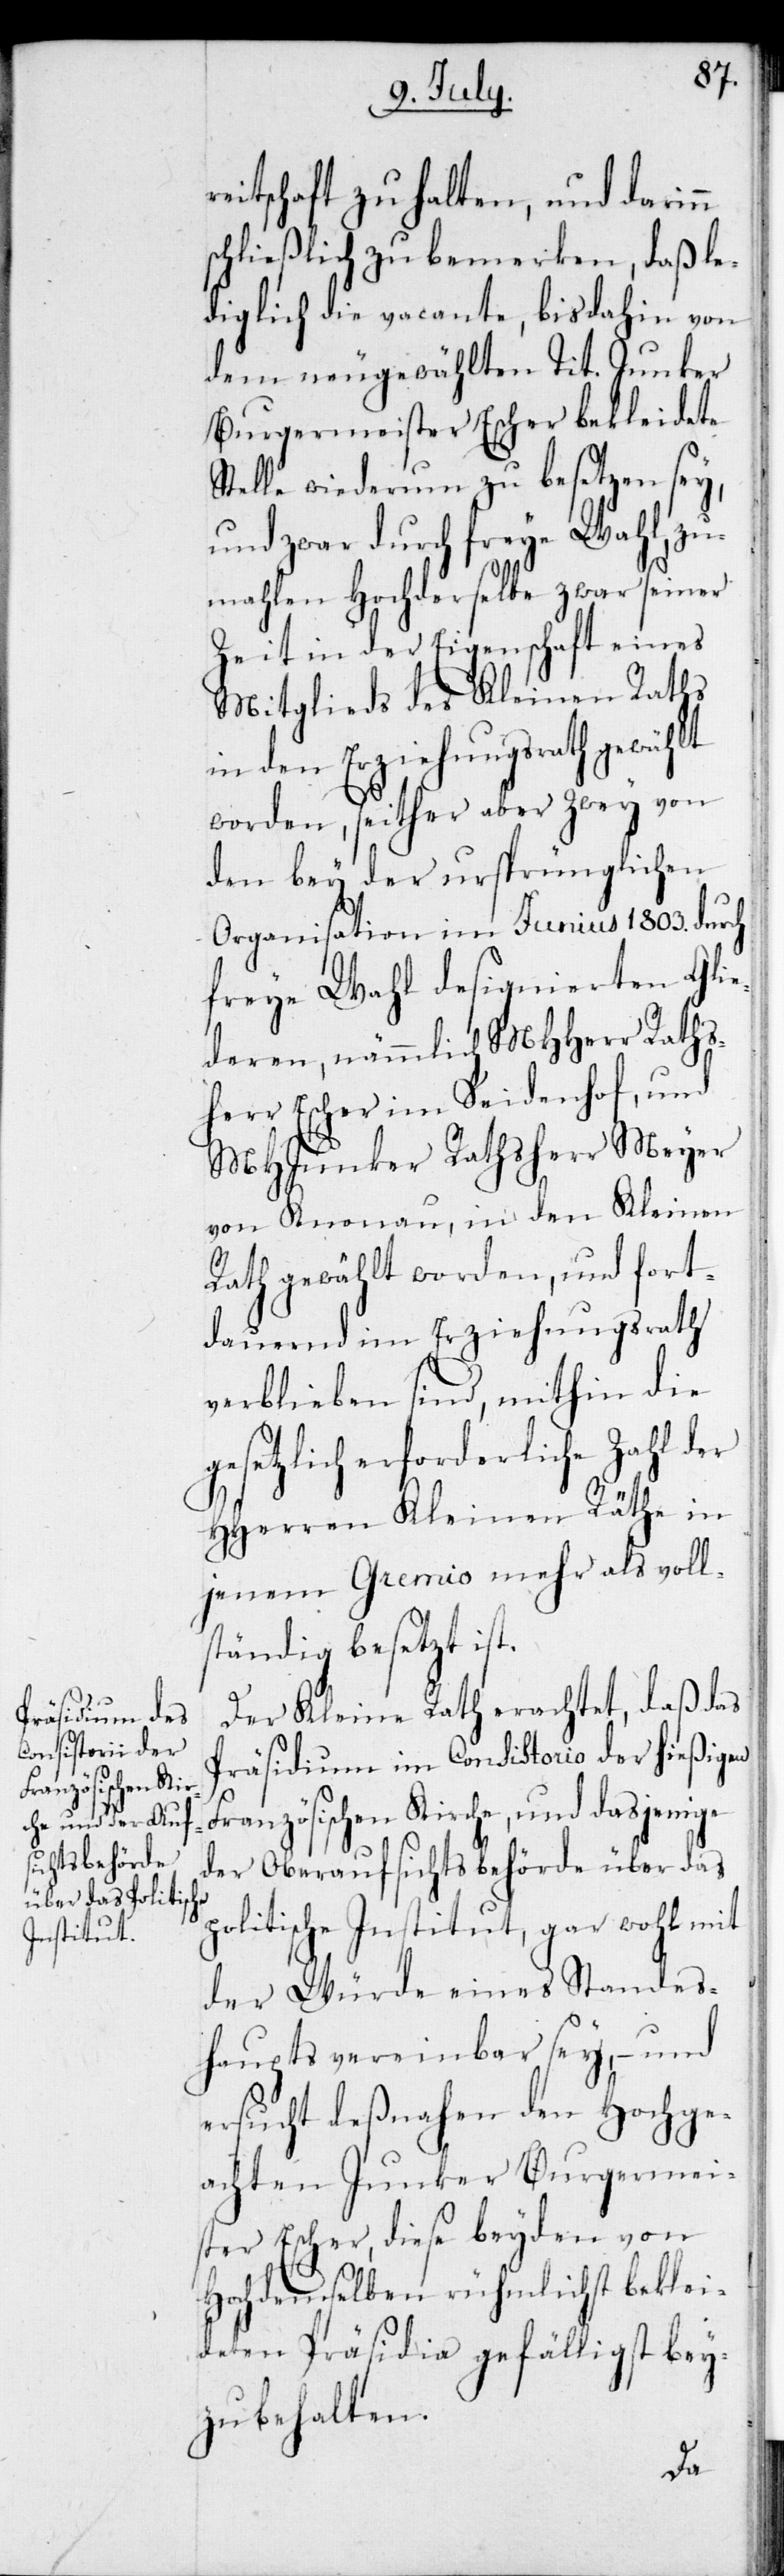
eitschaft zu halten, und darinn
schließlich zu bemerken, daß le¬
diglich die vacante, bis dahin von
dem neugewählten Tit. Junker
Burgermeister Escher bekleidete
Stelle wiederum zu besetzen sey,
und zwar durch freye Wahl, zu¬
mahlen Hochderselbe zwar seiner
Zeit in der Eigenschaft eines
Mitglieds des Kleinen Raths
in den Erziehungsrath gewählt
worden, seither aber zwey von
den bey der ursprünglichen
Organisation im Junius 1803. durch
freye Wahl designierten Gli¬
ederen, nämmlich MHHerr Raths¬
herr Escher im Seidenhof, und
MHJunker Rathsherr Meyer
von Knonau, in den Kleinen
Rath gewählt worden, und fort¬
dauernd im Erziehungsrath
verblieben sind, mithin die
gesetzlich erforderliche Zahl
HHerren Kleinen Räthe in
jenem Gremio mehr als voll¬
ständig besetzt ist.
Der Kleine Rath erachtet, daß das
Präsidium im Consistorio der hießigen
Französischen Kirche, und dasjenige
der Oberaufsichtsbehörde über das
politische Institut, gar wohl mit
der Würde eines Standes¬
hauptes vereinbar sey, – und
ersucht deßnahen der Hochge¬
achten Junker Burgermei¬
ster Escher, diese beyden von
Hochdemselben rühmlichst beklei¬
deten Präsidio gefälligst bey¬
zubehalten.
r¬